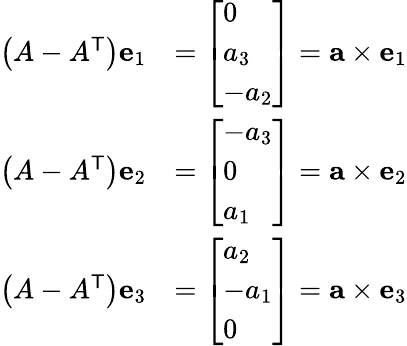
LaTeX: {\begin{array}{rl}{\left(A-A^{\mathsf{T}}\right)\mathbf{e}_{1}}&{={\left[\begin{array}{l}{0}\\ {a_{3}}\\ {-a_{2}}\end{array}\right]}=\mathbf{a}\times\mathbf{e}_{1}}\\ {\left(A-A^{\mathsf{T}}\right)\mathbf{e}_{2}}&{={\left[\begin{array}{l}{-a_{3}}\\ {0}\\ {a_{1}}\end{array}\right]}=\mathbf{a}\times\mathbf{e}_{2}}\\ {\left(A-A^{\mathsf{T}}\right)\mathbf{e}_{3}}&{={\left[\begin{array}{l}{a_{2}}\\ {-a_{1}}\\ {0}\end{array}\right]}=\mathbf{a}\times\mathbf{e}_{3}}\end{array}}